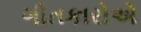
ગીતકારોએ